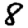
Digit: 8